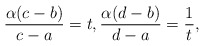
\begin{align*}\frac{\alpha (c-b)}{c-a} = t , \frac{\alpha (d-b)}{d-a} = \frac{1}{t},\end{align*}